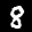
Label: 8